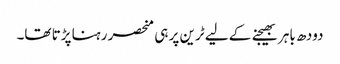
دودھ باہر بھیجنے کے لیے ٹرین پر ہی منحصر رہنا پڑتا تھا۔